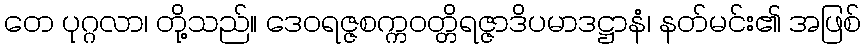
တေ ပုဂ္ဂလာ၊ တို့သည်။ ဒေဝရဇ္ဇစက္ကဝတ္တိရဇ္ဇာဒိပမာဒဋ္ဌာနံ၊ နတ်မင်း၏ အဖြစ်